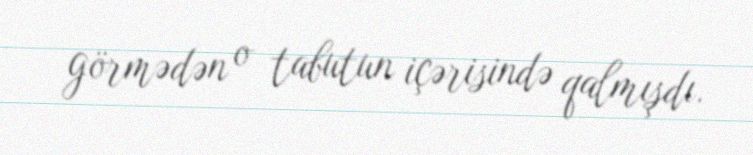
görmədən o tabutun içərisində qalmışdı.